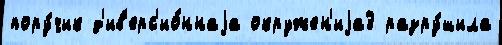
пору́чик д'ив'ерс'ио́ннаjа окружен'иjа3 разру́шила